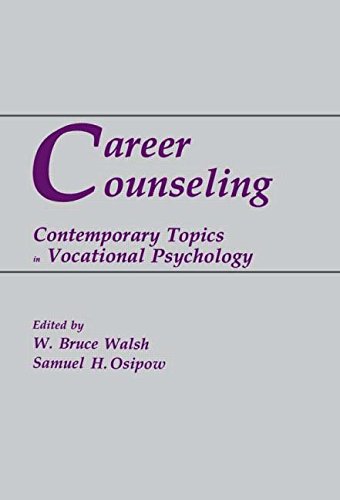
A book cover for Career Counseling: Contemporary Topics in Vocational Psychology; Education & Teaching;